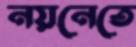
নয়নেতে